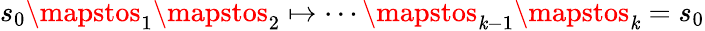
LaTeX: s_{0}\mapstos_{1}\mapstos_{2}\mapsto\cdots\mapstos_{\mathit{k}-1}\mapstos_{\mathit{k}}=s_{0}